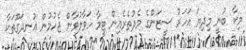
މިކާ ބުނީ މިދިޔަ އަހަރު ސީޒަންގެ މެދުތެރެއިން ޓީމާ ހަވާލުވާން ޖެހުމުން އުނދަގޫތަކާ